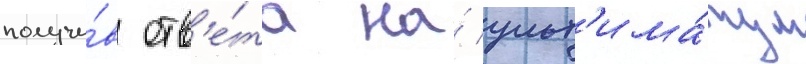
получи́в отв'е́та на́ ульт'има́тум